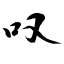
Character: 叹